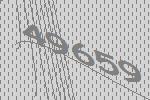
49659